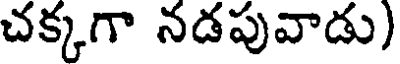
చక్కగా నడపువాడు)